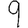
Digit: 9